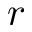
r